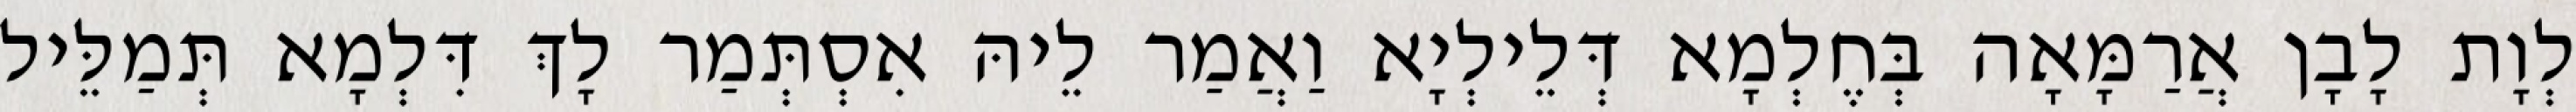
לְוָת לָבָן אֲרַמָּאָה בְּחֶלְמָא דְּלֵילְיָא וַאֲמַר לֵיהּ אִסְתְּמַר לָךְ דִּלְמָא תְּמַלֵּיל